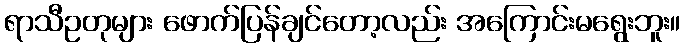
ရာသီဥတုများ ဖောက်ပြန်ချင်တော့လည်း အကြောင်းမရွေးဘူး။